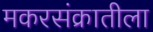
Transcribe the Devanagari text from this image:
मकरसंक्रातीला